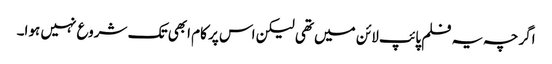
اگرچہ یہ فلم پائپ لائن میں تھی لیکن اس پر کام ابھی تک شروع نہیں ہوا۔